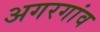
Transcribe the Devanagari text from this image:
अगरगांव